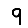
Digit: 9